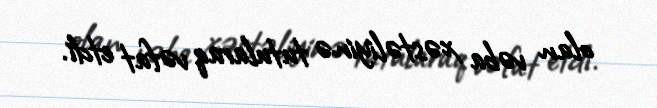
olan vəba xəstəliyinə tutularaq vəfat etdi.